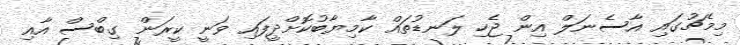
މިމެޗުގައި އާސެނަލް އިން ޖެހި ލަނޑުތައް ކާމިޔާބުކޮށްދީފައި ވަނީ ކީރަން ގިބްސް އާއި